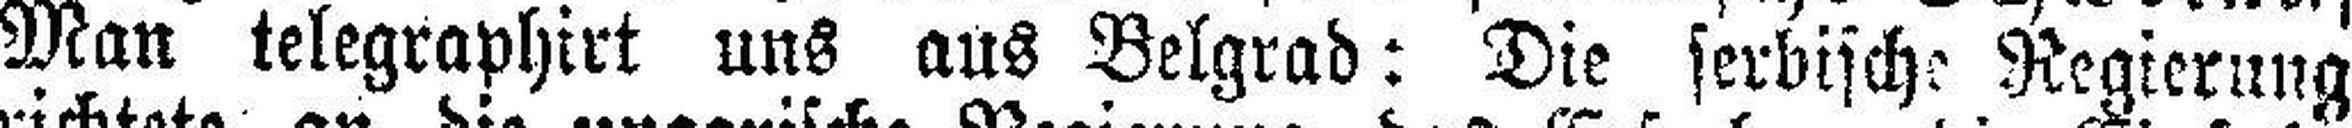
Man telegraphirt uns aus Belgrad: Die serbische Regierung